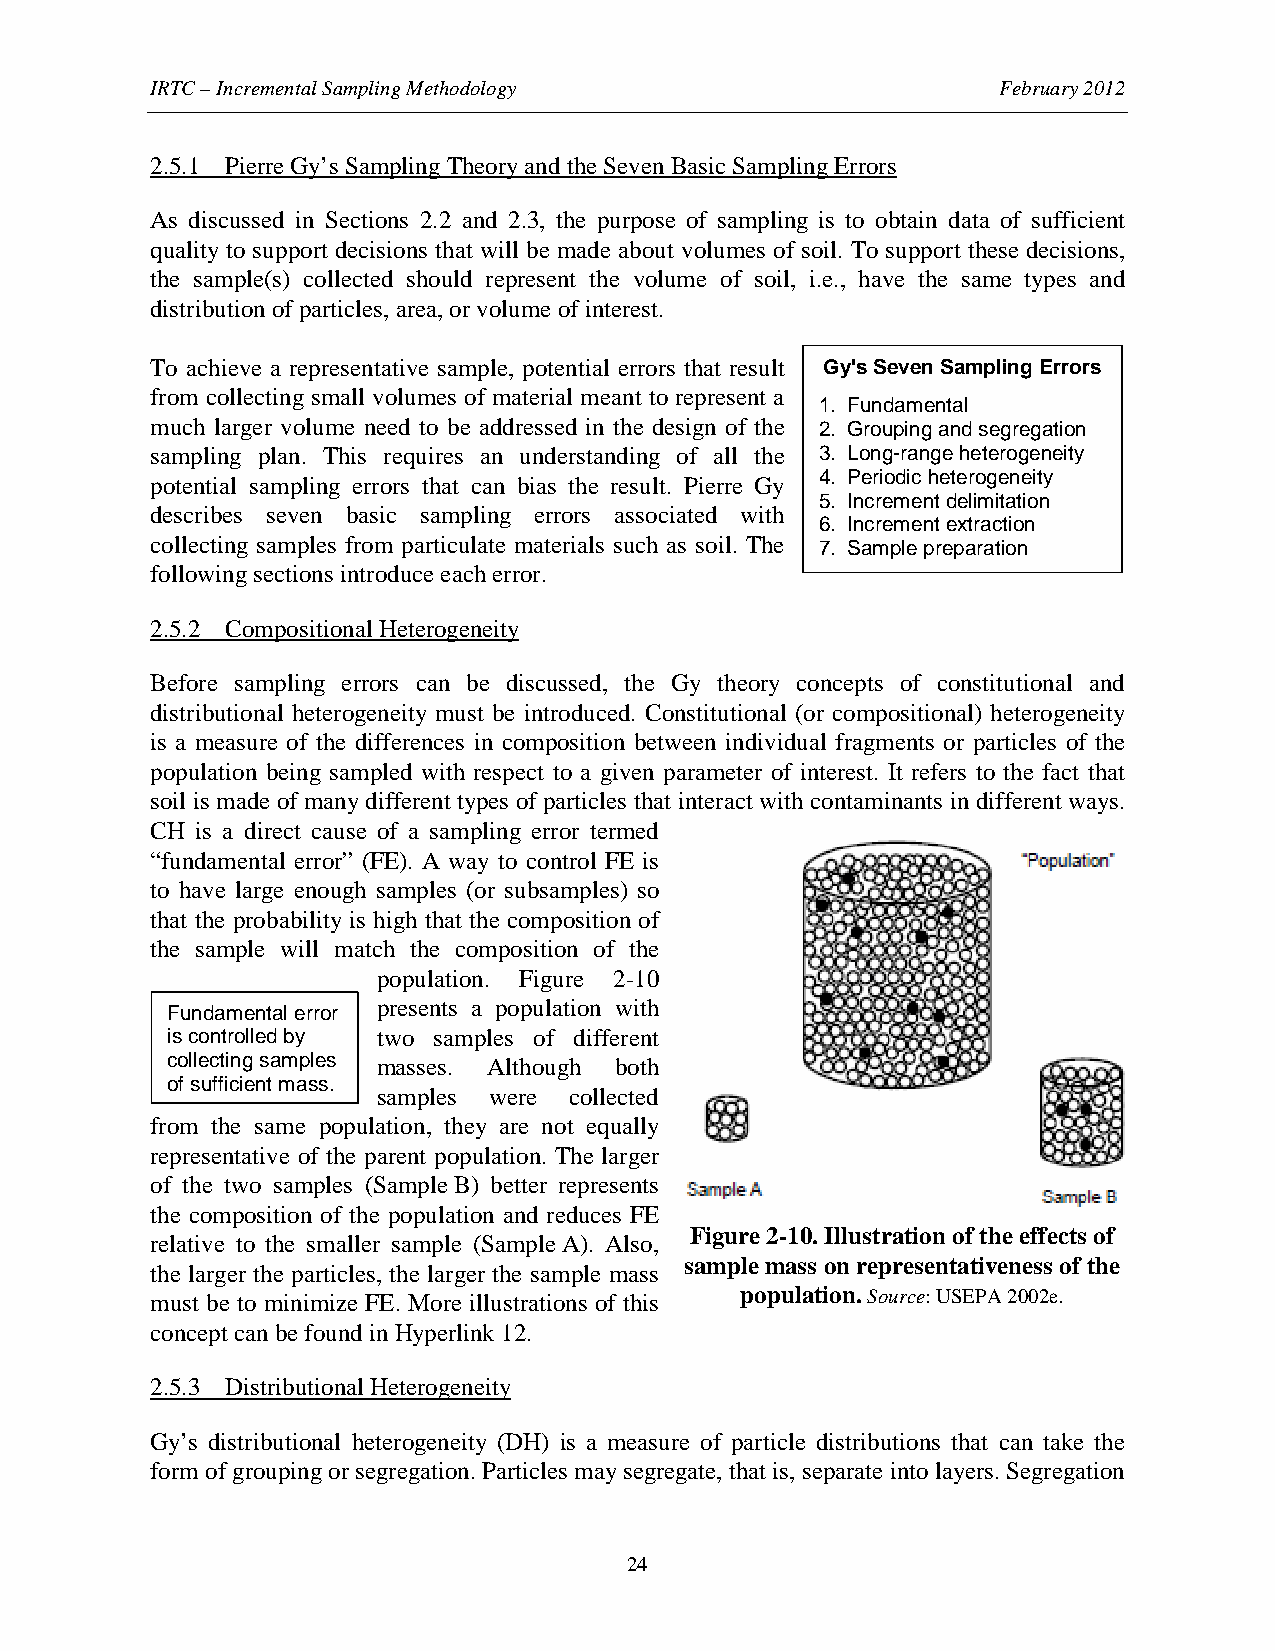
IRTC – Incremental Sampling Methodology                 February 2012
 2.5.1 Pierre Gy’s Sampling Theory and the Seven Basic Sampling Errors
 As discussed in Sections 2.2 and 2.3, the purpose of sampling is to obtain data of sufficient
 quality to support decisions that will be made about volumes of soil. To support these decisions,
 the sample(s) collected should represent the volume of soil, i.e., have the same types and
 distribution of particles, area, or volume of interest.
 To achieve a representative sample, potential errors that result Gy's Seven Sampling Errors
 from collecting small volumes of material meant to represent a
 1. Fundamental
 much larger volume need to be addressed in the design of the 2. Grouping and segregation
 sampling plan. This requires an understanding of all the 3. Long-range heterogeneity
 4. Periodic heterogeneity
 potential sampling errors that can bias the result. Pierre Gy
 5. Increment delimitation
 describes seven basic sampling errors associated with
 6. Increment extraction
 collecting samples from particulate materials such as soil. The 7. Sample preparation
 following sections introduce each error.
 2.5.2 Compositional Heterogeneity
 Before sampling errors can be discussed, the Gy theory concepts of constitutional and
 distributional heterogeneity must be introduced. Constitutional (or compositional) heterogeneity
 is a measure of the differences in composition between individual fragments or particles of the
 population being sampled with respect to a given parameter of interest. It refers to the fact that
 soil is made of many different types of particles that interact with contaminants in different ways.
 CH is a direct cause of a sampling error termed
 “fundamental error” (FE). A way to control FE is
 to have large enough samples (or subsamples) so
 that the probability is high that the composition of
 the sample will match the composition of the
 population. Figure 2-10
 presents a population with
 Fundamental error
 is controlled by two samples of different
 collecting samples masses. Although both
 of sufficient mass.
 samples were collected
 from the same population, they are not equally
 representative of the parent population. The larger
 of the two samples (Sample B) better represents
 the composition of the population and reduces FE
 Figure 2-10. Illustration of the effects of
 relative to the smaller sample (Sample A). Also,
 sample mass on representativeness of the
 the larger the particles, the larger the sample mass
 must be to minimize FE. More illustrations of this population. Source: USEPA 2002e.
 concept can be found in Hyperlink 12.
 2.5.3 Distributional Heterogeneity
 Gy’s distributional heterogeneity (DH) is a measure of particle distributions that can take the
 form of grouping or segregation. Particles may segregate, that is, separate into layers. Segregation
 24